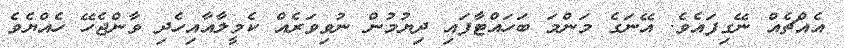
އެއްޗެއް ނޭގިފައެވެ. އޭނަގެ މަންމަ ބަހައްޓާފައި ދިޔުމުން ނުވިވަރެއް ކެމީލާއާއިހެދި ވާންޖެހޭ ހެއްޔެވެ